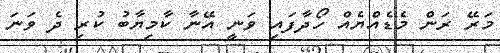
މަރޭ ރަން މެޑެއްޔެއް ހޯދާފައި ވަނީ އޭނާ ކާމިޔާބު ކުރި ދެ ވަނަ